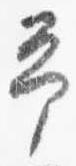
予